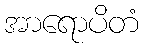
အာရောပိတံ